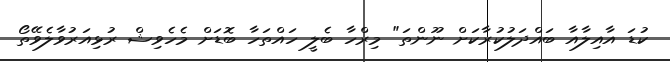
ކުޑަ އާއިލާއާ ބައްދަލުކުރާކަށް ނޫންތަ" މިރްހާ ބެލީ ހައްތަހާ ބޮޑަށް މެހެވިޝް ރުޅިއަރުވާލެވޭތޯ